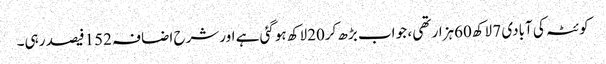
کوئٹہ کی آبادی 7 لاکھ60ہزار تھی ، جو اب بڑھ کر20لاکھ ہوگئی ہے اورشرح اضافہ 152فیصد رہی۔